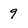
Character: 9